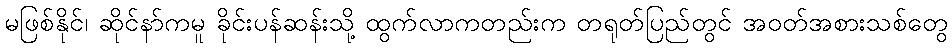
မဖြစ်နိုင်၊ ဆိုင်နာ်ကမူ ခိုင်းပန်ဆန်းသို့ ထွက်လာကတည်းက တရုတ်ပြည်တွင် အဝတ်အစားသစ်တွေ